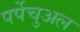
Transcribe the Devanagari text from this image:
पर्पेचुअल